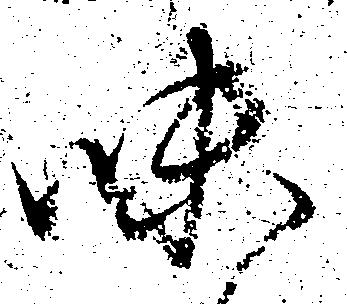
味